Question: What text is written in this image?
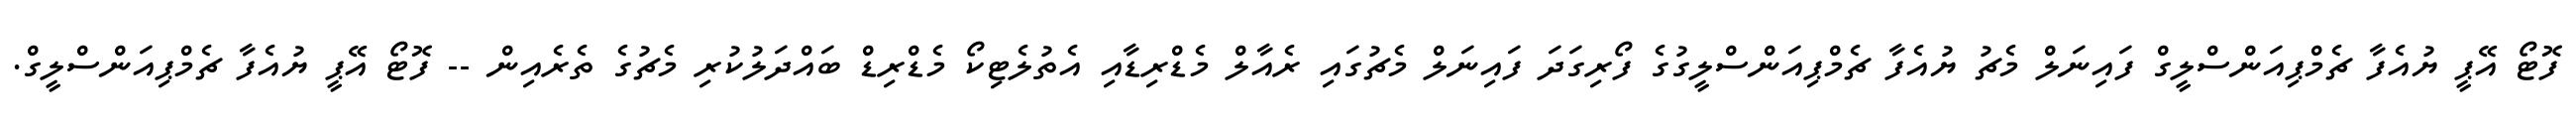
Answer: ފޮޓޯ އޭޕީ ޔުއެފާ ޗެމްޕިއަންސްލީގް ފައިނަލް މެޗު ޔުއެފާ ޗެމްޕިއަންސްލީގުގެ ފޯރިގަދަ ފައިނަލް މެޗުގައި ރެއާލް މެޑްރިޑާއި އެތުލެޓިކޯ މެޑްރިޑް ބައްދަލުކުރި މެޗުގެ ތެރެއިން -- ފޮޓޯ އޭޕީ ޔުއެފާ ޗެމްޕިއަންސްލީގް.